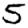
Digit: 5